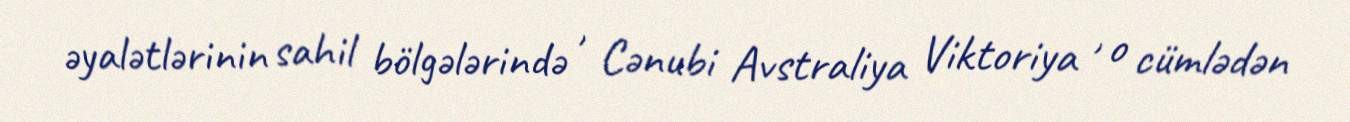
əyalətlərinin sahil bölgələrində , Cənubi Avstraliya Viktoriya , o cümlədən